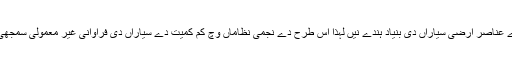
اس طرح دے عناصر ارضی سیاراں دی بنیاد ہُندے نيں لہذا اس طرح دے نجمی نظاماں وچ کم کمیت دے سیاراں دی فراوانی غیر معمولی سمجھی جاندی ا‏‏ے۔